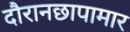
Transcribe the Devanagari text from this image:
दौरानछापामार